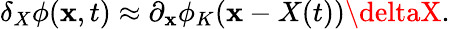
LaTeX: \delta_{X}\phi(\mathbf{x},t)\approx\partial_{\mathbf{x}}\phi_{K}(\mathbf{x}-X(t))\deltaX.